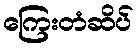
ကြေးတံဆိပ်